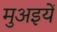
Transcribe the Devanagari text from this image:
मुअइयें